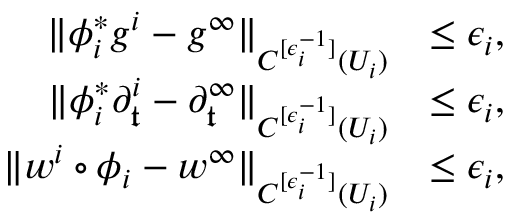
\begin{array} { r l } { \Vert \phi _ { i } ^ { * } g ^ { i } - g ^ { \infty } \Vert _ { C ^ { [ \epsilon _ { i } ^ { - 1 } ] } ( U _ { i } ) } } & { \leq \epsilon _ { i } , } \\ { \Vert \phi _ { i } ^ { * } \partial _ { \mathfrak { t } } ^ { i } - \partial _ { \mathfrak { t } } ^ { \infty } \Vert _ { C ^ { [ \epsilon _ { i } ^ { - 1 } ] } ( U _ { i } ) } } & { \leq \epsilon _ { i } , } \\ { \Vert w ^ { i } \circ \phi _ { i } - w ^ { \infty } \Vert _ { C ^ { [ \epsilon _ { i } ^ { - 1 } ] } ( U _ { i } ) } } & { \leq \epsilon _ { i } , } \end{array}